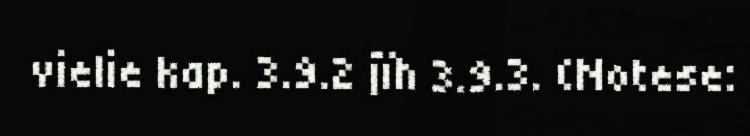
vielie kap. 3.9.2 jïh 3.9.3. (Notese: